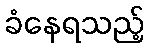
ခံနေရသည့်